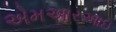
એમઆરઆઇ